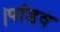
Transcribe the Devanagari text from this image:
।पांडव